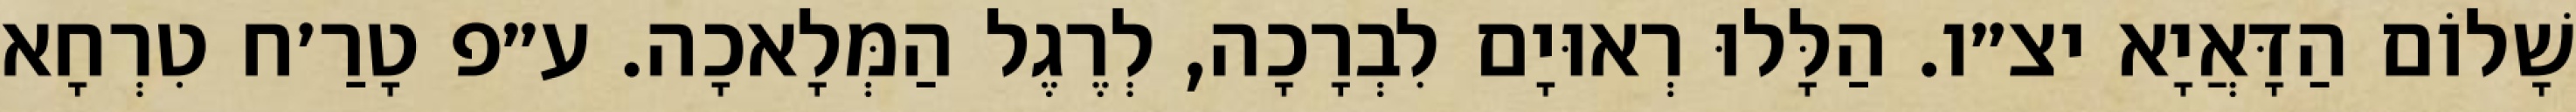
שָׁלוֹם הַדָּאֲיָא יצ״ו. הַלָּלוּ רְאוּיָם לִבְרָכָה, לְרֶגֶל הַמְּלָאכָה. ע״פ טָרַ׳ח טִרְחָא